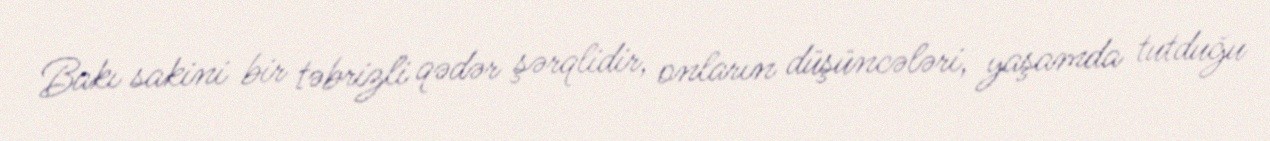
Bakı sakini bir təbrizli qədər şərqlidir, onların düşüncələri, yaşamda tutduğu